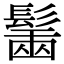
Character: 𩮟